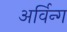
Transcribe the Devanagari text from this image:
अर्विन्ग